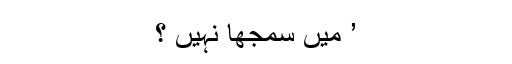
’ میں سمجھا نہیں ؟